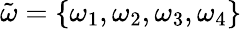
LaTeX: \tilde{\omega}=\{ \omega_{1},\omega_{2},\omega_{3},\omega_{4}\}